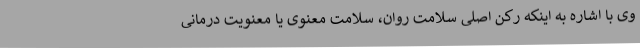
وی با اشاره به اینکه رکن اصلی سلامت روان، سلامت معنوی یا معنویت درمانی